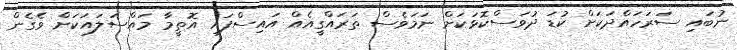
ނުބައި ސަރަހައްދަކަށް ކުޑަ ދުވަސްކޮޅަކަށް ނަމަވެސް ތަރައްގީއެއް އައިސްފައި އޮތީމާ މައްސަލައަކަށް ވެގެން